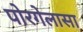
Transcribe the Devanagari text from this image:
पोरगेलासा